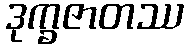
ဒုက္ခဇာတဿ